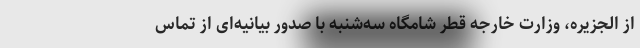
از الجزیره، وزارت خارجه قطر شامگاه سه‌شنبه با صدور بیانیه‌ای از تماس